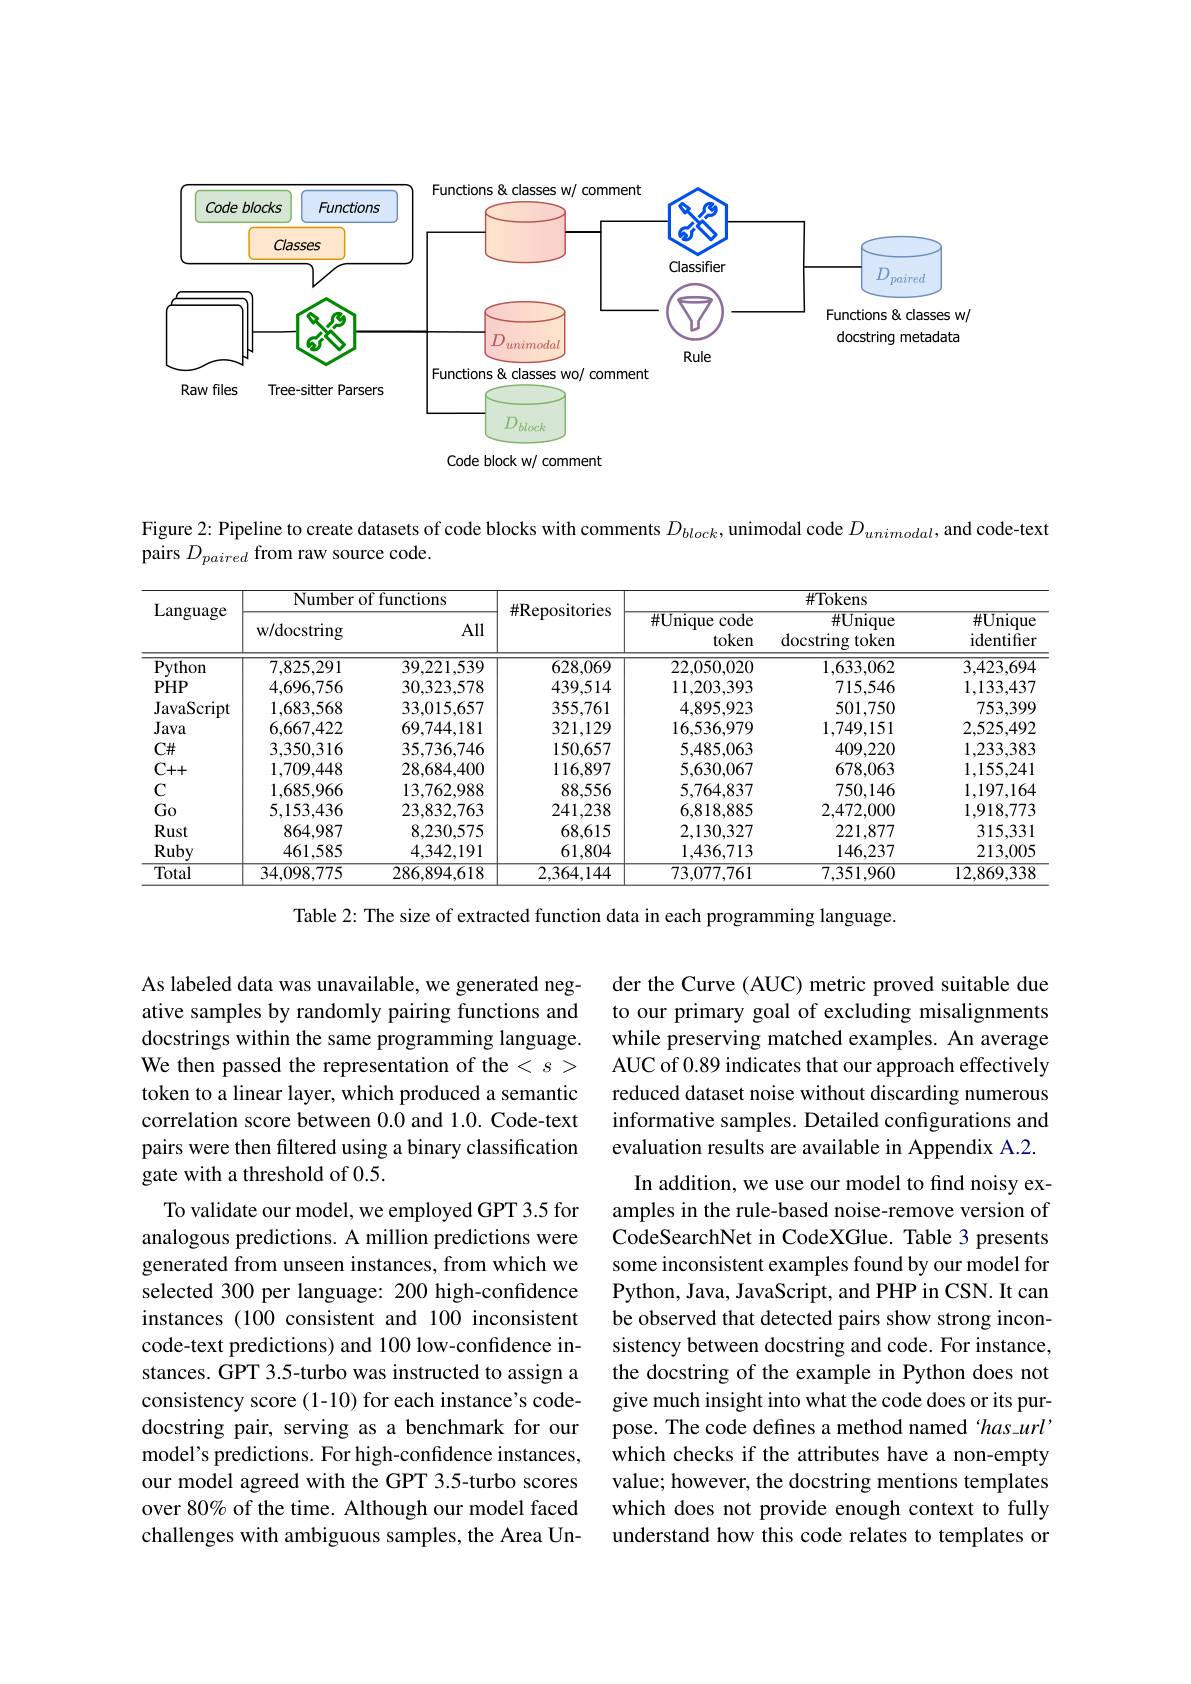
<FigureHere>

Code block w/ comment

Figure 2: Pipeline to create datasets of code blocks with comments $D_{block}$, unimodal code $D_{unimodal}$, and code-tex
pairs $D_{paired}$ from raw source code.

<table>
	<tbody>
		<tr>
			<th rowspan="2">Language</th>
			<th colspan="2">Number of functions</th>
			<th rowspan="2">$\#$Repositories</th>
			<th rowspan="2">$\#$Unique code token</th>
			<th colspan="2">$\#$Tokens</th>
		</tr>
		<tr>
			<th>w/docstring</th>
			<th>All</th>
			<th>$\#Unique$ docstring token</th>
			<th>$\#Unique$ identifier</th>
		</tr>
		<tr>
			<td>Python</td>
			<td>7,825,291</td>
			<td>39,221,539</td>
			<td>628,069</td>
			<td>22,050,020</td>
			<td>1,633,062</td>
			<td>3,423,694</td>
		</tr>
		<tr>
			<td>$PHP$</td>
			<td>4,696,756</td>
			<td>30,323,578</td>
			<td>439,514</td>
			<td>11,203,393</td>
			<td>715,546</td>
			<td>1,133,437</td>
		</tr>
		<tr>
			<td>JavaScript</td>
			<td>1,683,568</td>
			<td>33,015,657</td>
			<td>355,761</td>
			<td>4,895,923</td>
			<td>501,750</td>
			<td>753,399</td>
		</tr>
		<tr>
			<td>Java</td>
			<td>6,667,422</td>
			<td>69,744,181</td>
			<td>321,129</td>
			<td>16,536,979</td>
			<td>1,749,151</td>
			<td>2,525,492</td>
		</tr>
		<tr>
			<td>$C\#$</td>
			<td>3,350,316</td>
			<td>35,736,746</td>
			<td>150,657</td>
			<td>5,485,063</td>
			<td>409,220</td>
			<td>1,233,383</td>
		</tr>
		<tr>
			<td>$C++$</td>
			<td>1,709,448</td>
			<td>28,684,400</td>
			<td>116,897</td>
			<td>5,630,067</td>
			<td>678,063</td>
			<td>1,155,241</td>
		</tr>
		<tr>
			<td>$C$</td>
			<td>1,685,966</td>
			<td>13,762,988</td>
			<td>88,556</td>
			<td>5,764,837</td>
			<td>750,146</td>
			<td>1.197.164</td>
		</tr>
		<tr>
			<td>Go</td>
			<td>5,153,436</td>
			<td>23,832,763</td>
			<td>241,238</td>
			<td>6,818,885</td>
			<td>2,472.000</td>
			<td>1,918,773</td>
		</tr>
		<tr>
			<td>Rust</td>
			<td>864,987</td>
			<td>8,230,575</td>
			<td>68,615</td>
			<td>2,130,327</td>
			<td>221,877</td>
			<td>315,331</td>
		</tr>
		<tr>
			<td>Ruby</td>
			<td>461,585</td>
			<td>4,342,191</td>
			<td>61,804</td>
			<td>1,436,713</td>
			<td>146,237</td>
			<td>213,005</td>
		</tr>
		<tr>
			<td>Total</td>
			<td>34,098,775</td>
			<td>286.894,618</td>
			<td>2.364,144</td>
			<td>73,077,761</td>
			<td>7,351,960</td>
			<td>12,869,338</td>
		</tr>
	</tbody>
</table>

Table 2: The size of extracted function data in each programming language.

der the Curve (AUC) metric proved suitable due to our primary goal of excluding misalignments while preserving matched examples. An average AUC of 0.89 indicates that our approach effectively reduced dataset noise without discarding numerous informative samples. Detailed configurations and evaluation results are available in Appendix A.2.
In addition, we use our model to find noisy examples in the rule-based noise-remove version of CodeSearchNet in CodeXGlue. Table 3 presents some inconsistent examples found by our model for Python, Java, JavaScript, and PHP in CSN. It can be observed that detected pairs show strong inconsistency between docstring and code. For instance, the docstring of the example in Python does not give much insight into what the code does or its purpose. The code defines a method named has-url' which checks if the attributes have a non-empty value; however, the docstring mentions templates which does not provide enough context to fully understand how this code relates to templates or

As labeled data was unavailable, we generated negative samples by randomly pairing functions and docstrings within the same programming language. We then passed the representation of the $
$ token to a linear layer, which produced a semantic correlation score between 0.0 and 1.0. Code-text pairs were then filtered using a binary classification gate with a threshold of 0.5.
To validate our model, we employed GPT 3.5 for analogous predictions. A million predictions were generated from unseen instances, from which we selected 300 per language: 200 high-confidence instances (100 consistent and 100 inconsistent code-text predictions) and 100 low-confidence instances. GPT 3.5-turbo was instructed to assign a consistency score (1-10) for each instance's codedocstring pair, serving as a benchmark for our model's predictions. For high-confidence instances, our model agreed with the GPT 3.5-turbo scores over 80% of the time. Although our model faced challenges with ambiguous samples, the Area Un-